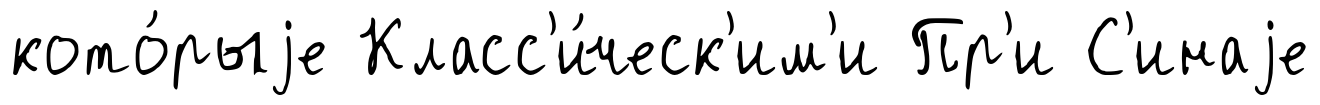
кото́рыjе Класс'и́ческ'им'и Пр'и С'инаjе